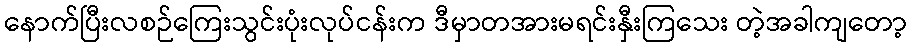
နောက်ပြီးလစဉ်ကြေးသွင်းပုံးလုပ်ငန်းက ဒီမှာတအားမရင်းနှီးကြသေး တဲ့အခါကျတော့